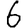
Digit: 6